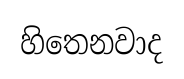
හිතෙනවාද